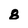
Character: 8